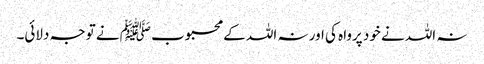
نہ اللہ نے خود پرواہ کی اور نہ اللہ کے محبوب ﷺ نے توجہ دلائی۔